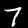
Digit: 7